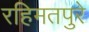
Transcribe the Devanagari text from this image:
रहिमतपुरे